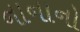
નાનાનો